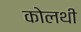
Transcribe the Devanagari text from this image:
कोलथी